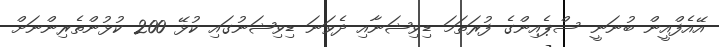
އޭއެފްއީން ބުނަނީ ސްޕެއިންގެ ފުރަތަމަ ޑިވިޝަނާއި ދެވަނަ ޑިވިޝަނުގައި ކުޅޭ 200 ކުޅުންތެރިންނަށް